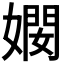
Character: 𫱠